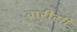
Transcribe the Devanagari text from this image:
वारीसी